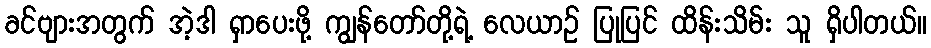
ခင်ဗျားအတွက် အဲ့ဒါ ရှာပေးဖို့ ကျွန်တော်တို့ရဲ့ လေယာဉ် ပြုပြင် ထိန်းသိမ်း သူ ရှိပါတယ်။